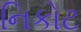
નિકોટ